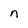
Character: n